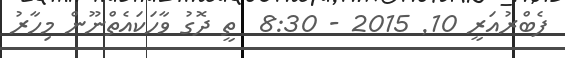
ފެބްރުއަރީ 10